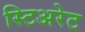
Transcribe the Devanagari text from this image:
स्टिअरेट